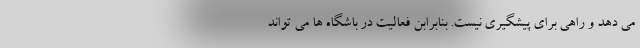
می دهد و راهی برای پیشگیری نیست. بنابرابن فعالیت در باشگاه ها می تواند